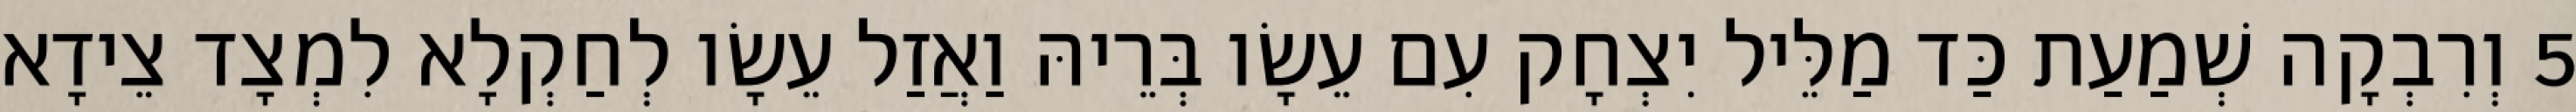
5 וְרִבְקָה שְׁמַעַת כַּד מַלֵּיל יִצְחָק עִם עֵשָׂו בְּרֵיהּ וַאֲזַל עֵשָׂו לְחַקְלָא לִמְצָד צֵידָא